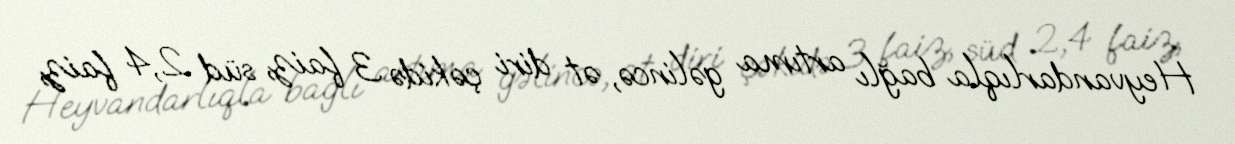
Heyvandarlıqla bağlı artıma gəlincə, ət diri çəkidə 3 faiz, süd 2,4 faiz,